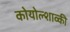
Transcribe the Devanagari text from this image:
कोयोल्शाव्की